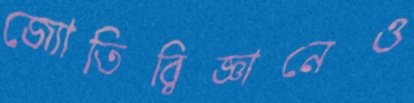
জ্যোতির্বিজ্ঞানেও